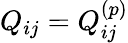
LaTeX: Q_{ij}=Q_{ij}^{(p)}